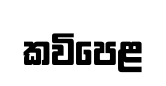
කවිපෙළ